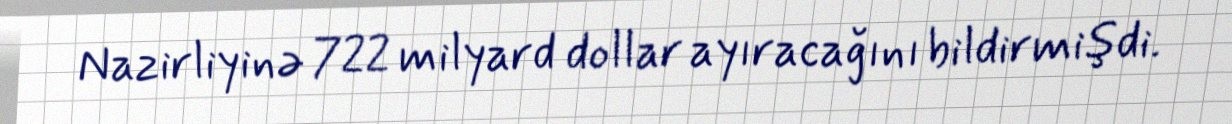
Nazirliyinə 722 milyard dollar ayıracağını bildirmişdi.